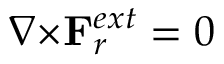
{ \nabla } { \times } { { \bf { F } } _ { r } ^ { e x t } } = 0